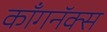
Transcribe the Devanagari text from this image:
काँगनॅक्स